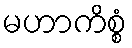
မဟာကိစ္စံ